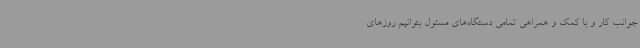
جوانب کار و با کمک و همراهی تمامی دستگاه‌های مسئول بتوانیم روزهای